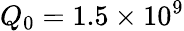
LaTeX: Q_{0}=1.5\times 10^{9}